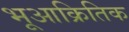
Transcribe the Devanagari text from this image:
भूआक्रितिक